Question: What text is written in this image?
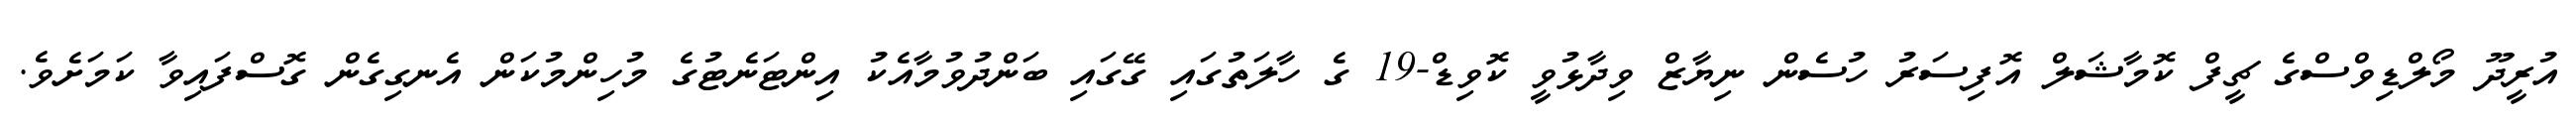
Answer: އުރީދޫ މޯލްޑިވްސްގެ ޗީފް ކޮމާޝަލް އޮފިސަރު ހުސެން ނިޔާޒް ވިދާޅުވީ ކޮވިޑް-19 ގެ ހާލަތުގައި ގޭގައި ބަންދުވުމާއެކު އިންޓަނެޓުގެ މުހިންމުކަން އެނގިގެން ގޮސްފައިވާ ކަމަށެވެ.